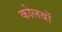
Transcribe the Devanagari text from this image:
कोलबों